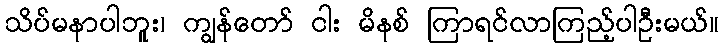
သိပ်မနာပါဘူး၊ ကျွန်တော် ငါး မိနစ် ကြာရင်လာကြည့်ပါဦးမယ်။